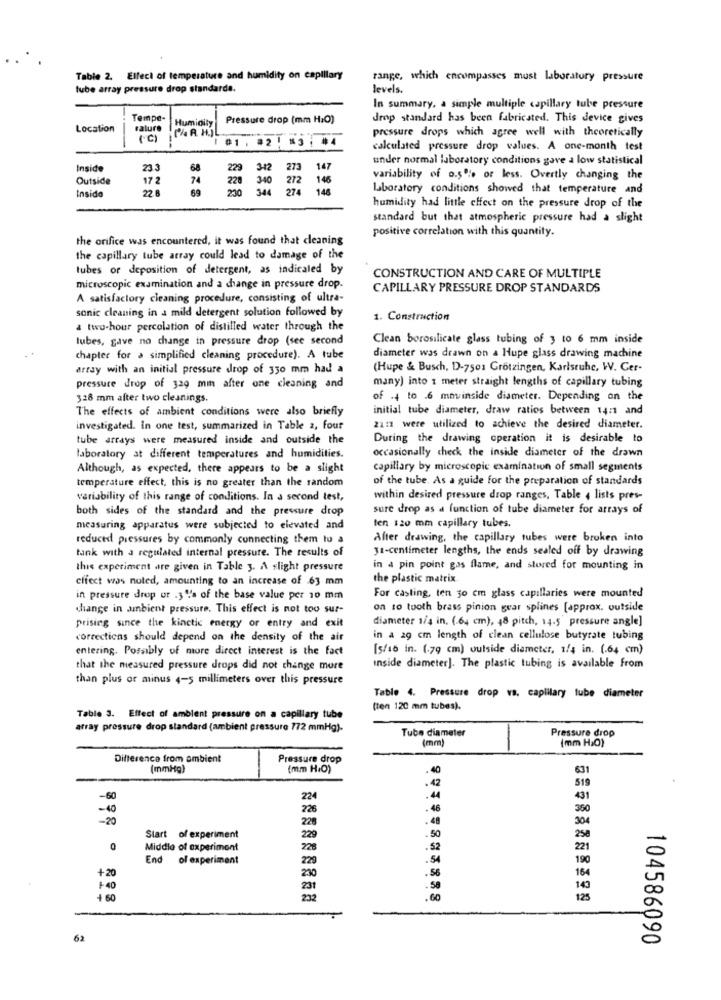
Table 2. Elleci of temperature and humidity on capillary
range, which encompasses must laboratory pressure
lube array pressure drop standarde.
levels.
In summary, a simple multiple capillary tube pressure
Tempe-
Humidity
Pressure drop (mm H:O)
drop standard has been fabricated. This device gives
Location
rature
[% A HIL
pressure drops which agree well with theoretically
1 01 . #2 ! #3 : #4
calculated pressure drop values. A one-month test
under normal laboratory conditions gave a low statistical
Inside
23.
229
342
273
147
Outside
74
228
340
272
146
variability of o.5'', or less. Overtly changing the
172
22 B
344
274
148
laboratory conditions showed that temperature and
Inside
humidity had little effect on the pressure drop of the
standard but that atmospheric pressure had a slight
positive correlation with this quantity.
the orifice was encountered, it was found that cleaning
the capillary tube array could lead to damage of the
tubes or deposition of detergent, as indicaled by
CONSTRUCTION AND CARE OF MULTIPLE
microscopic examination and a change in pressure drop.
CAPILLARY PRESSURE DROP STANDARDS
A satisfactory cleaning procedure, consisting of ultra-
sonic cleaning in a mild detergent solution followed by
1. Construction
a two-hour percolation of distilled water through the
lubes, gave no change in pressure drop (see second
Clean borosilicate glass tubing of 3 to 6 mm inside
chapter for a simplified cleaning procedure). A tube
diameter was drawn on a Hupe glass drawing machine
array with an initial pressure drop of 330 mm had a
(Hupe & Busch, D-7501 Grotzingen, Karlsruhe, W. Cer-
many) into 1 meter straight lengths of capillary tubing
pressure drop of 329 min after one cleaning and
328 mm after two cleanings.
of .4 to .6 mnvinside diameter. Depending on the
The effects of ambient conditions were also briefly
initial tube diameter, draw ratios between 14:1 and
investigated. In one test, summarized in Table 2, four
21:1 were utilized to achieve the desired diameter.
tube arrays were measured inside and outside the
During the drawing operation it is desirable to
occasionally check the inside diameter of the drawn
laboratory at different temperatures and humidities.
Although, as expected, there appears to be a slight
capillary by microscopic examination of small segments
temperature effect, this is no greater than the random
of the tube. As a guide for the preparation of standards
variability of this range of conditions. In a second test,
within desired pressure drop ranges, Table , lists pres-
both sides of the standard and the pressure drop
sure drop as a function of tube diameter for arrays of
ten 120 mm capillary tubes.
measuring apparatus were subjected to elevated and
reduced pressures by commonly connecting them to a
After drawing, the capillary tubes were broken into
tank with a regulated internal pressure. The results of
31-centimeter lengths, the ends sealed off by drawing
this experiment are given in Table 3. A slight pressure
in a pin point gas flame, and stored for mounting in
cffect was noted, amounting to an increase of 63 mm
the plastic matrix
For casting, ten 30 cm glass capillaries were mounted
in pressure drop or .3 4's of the base value per 10 mm
change in anbient pressure. This effect is not too sur-
on to tooth brass pinion guar splines [approx. outside
diameter 1/4 in. (.64 cm), 48 pitch, 14.5 pressure angle]
prising since the kinetic energy or entry and exit
corrections should depend on the density of the air
in a 29 cm length of clean cellulose butyrate tubing
entering. Porably of more direct interest is the fact
[5/10 in. (.79 cm) outside diameter, 1/4 in. (.64 cm)
that the measured pressure drops did not change more
Inside diameter]. The plastic tubing is available from
than plus or minus 4-5 millimeters over this pressure
Table 4. Pressure drop vs. caplilary tube diameter
(ten 120 mm tubes).
Table 3. Effect of ambient pressure on a capillary tube
array pressure drop standard (ambient pressure 772 mmHg).
Tube diameter
Pressure drop
(mm)
(mm HaO)
Difference from ambient
Pressure drop
[mmHg)
(mm H.O)
. 40
631
519
. 42
-60
224
.44
431
-10
225
.48
360
-20
229
.48
304
Start of experiment
229
.50
0
Middle of experiment
228
.52
End of experiment
229
. 54
+20
164
230
. 56
+40
231
. 50
+ 60
232
.60
62
104586090